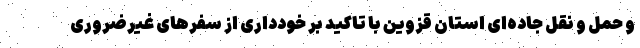
و حمل و نقل جاده‌ای استان قزوین با تاکید بر خودداری از سفرهای غیرضروری